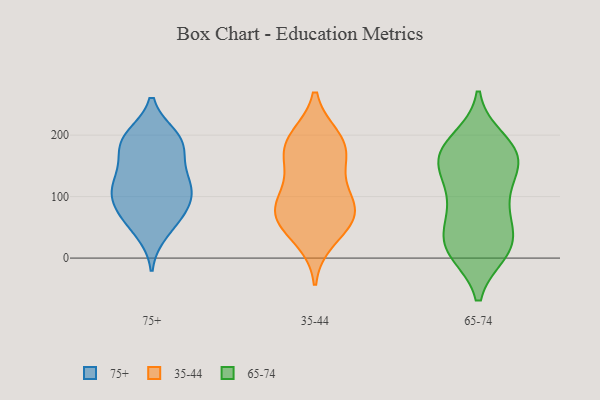
{"axis": {"x": "Bounce Rate (%)", "y": "Value"}, "legend": ["35-44", "65-74", "75+"], "data": [{"x": "", "y": 107, "type": "75+"}, {"x": "", "y": 197, "type": "75+"}, {"x": "", "y": 62, "type": "75+"}, {"x": "", "y": 69, "type": "75+"}, {"x": "", "y": 114, "type": "75+"}, {"x": "", "y": 181, "type": "75+"}, {"x": "", "y": 117, "type": "75+"}, {"x": "", "y": 190, "type": "75+"}, {"x": "", "y": 87, "type": "75+"}, {"x": "", "y": 136, "type": "75+"}, {"x": "", "y": 92, "type": "75+"}, {"x": "", "y": 43, "type": "75+"}, {"x": "", "y": 179, "type": "75+"}, {"x": "", "y": 133, "type": "75+"}, {"x": "", "y": 194, "type": "75+"}, {"x": "", "y": 72, "type": "35-44"}, {"x": "", "y": 31, "type": "35-44"}, {"x": "", "y": 95, "type": "35-44"}, {"x": "", "y": 192, "type": "35-44"}, {"x": "", "y": 195, "type": "35-44"}, {"x": "", "y": 64, "type": "35-44"}, {"x": "", "y": 72, "type": "35-44"}, {"x": "", "y": 147, "type": "35-44"}, {"x": "", "y": 171, "type": "35-44"}, {"x": "", "y": 104, "type": "35-44"}, {"x": "", "y": 64, "type": "35-44"}, {"x": "", "y": 177, "type": "35-44"}, {"x": "", "y": 149, "type": "65-74"}, {"x": "", "y": 14, "type": "65-74"}, {"x": "", "y": 26, "type": "65-74"}, {"x": "", "y": 68, "type": "65-74"}, {"x": "", "y": 25, "type": "65-74"}, {"x": "", "y": 12, "type": "65-74"}, {"x": "", "y": 162, "type": "65-74"}, {"x": "", "y": 94, "type": "65-74"}, {"x": "", "y": 167, "type": "65-74"}, {"x": "", "y": 112, "type": "65-74"}, {"x": "", "y": 79, "type": "65-74"}, {"x": "", "y": 165, "type": "65-74"}, {"x": "", "y": 179, "type": "65-74"}, {"x": "", "y": 33, "type": "65-74"}, {"x": "", "y": 142, "type": "65-74"}, {"x": "", "y": 191, "type": "65-74"}, {"x": "", "y": 172, "type": "65-74"}, {"x": "", "y": 11, "type": "65-74"}]}